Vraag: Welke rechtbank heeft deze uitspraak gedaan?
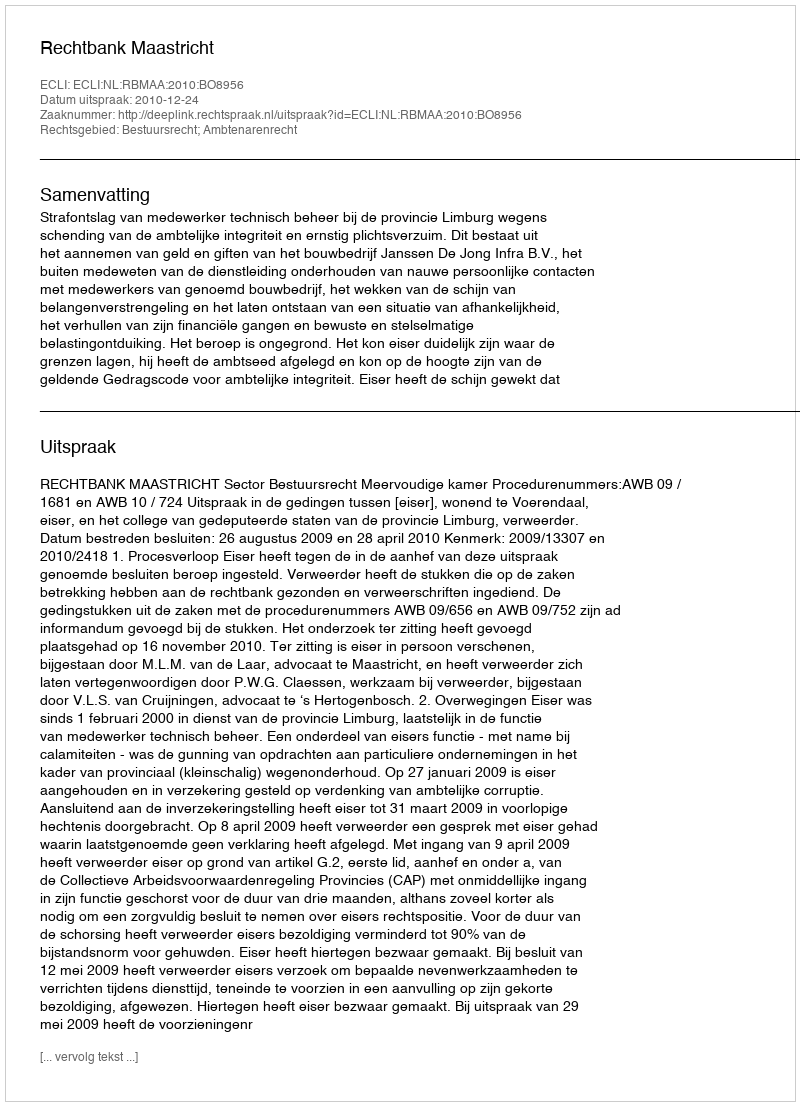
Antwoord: Rechtbank Maastricht